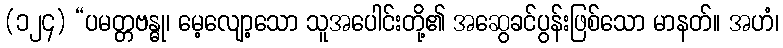
(၁၂၄) “ပမတ္တဗန္ဓု၊ မေ့လျော့သော သူအပေါင်းတို့၏ အဆွေခင်ပွန်းဖြစ်သော မာနတ်။ အဟံ၊